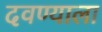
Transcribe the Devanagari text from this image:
दवण्याला